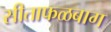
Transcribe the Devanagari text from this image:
सीताफळबाग